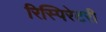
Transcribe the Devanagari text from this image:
रिस्पिरेटरी